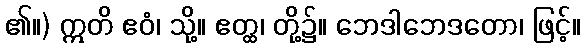
၏။) ဣတိ ဧဝံ၊ သို့။ ဧတ္ထ၊ တို့၌။ ဘေဒါဘေဒတော၊ ဖြင့်။